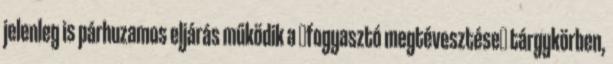
jelenleg is párhuzamos eljárás működik a fogyasztó megtévesztése tárgykörben,